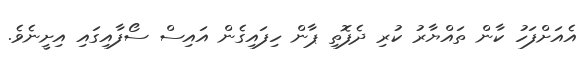
އެއަށްފަހު ކާން ތައްޔާރު ކުރި ދެފޮތި ޕާން ހިފައިގެން އައިސް ސޯފާއިގައި އިށީނެވެ.